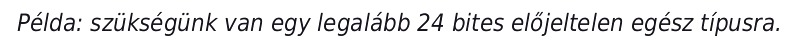
Példa: szükségünk van egy legalább 24 bites előjeltelen egész típusra.